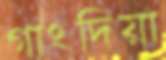
গাংদিয়া